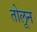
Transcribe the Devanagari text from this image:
तोलून